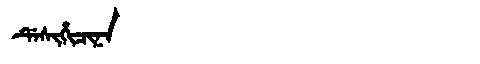
Manchu: ᡩᡝᠰᡳᡥᡳᠴᡳᠨᠠ
Romanization: DESIHICINA